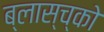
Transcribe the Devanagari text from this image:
ब्लास्च्को